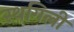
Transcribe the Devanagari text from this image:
स्थगिली